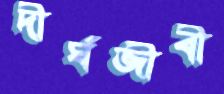
দীর্ঘজীবী